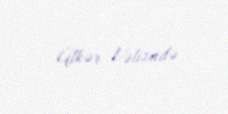
Ülkər Vəlizadə